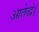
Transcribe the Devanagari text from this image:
आतेद्धं।